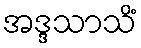
အဒ္ဒသာသိံ